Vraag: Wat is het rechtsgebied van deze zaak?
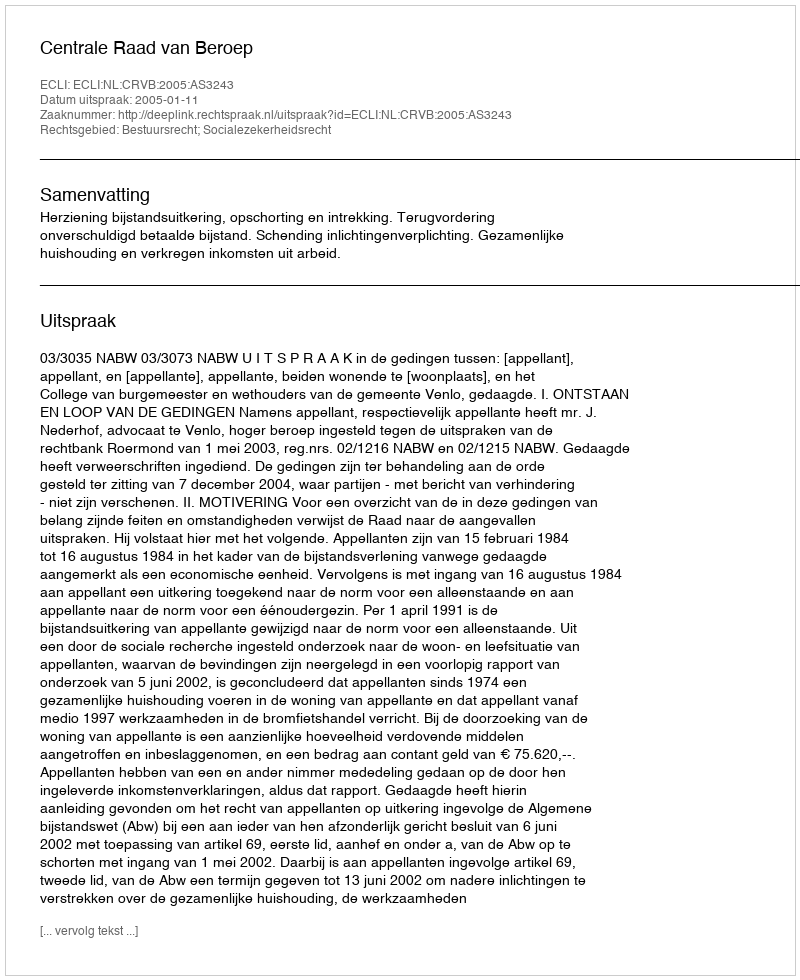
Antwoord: Bestuursrecht; Socialezekerheidsrecht